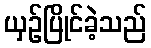
ယှဉ်ပြိုင်ခဲ့သည်